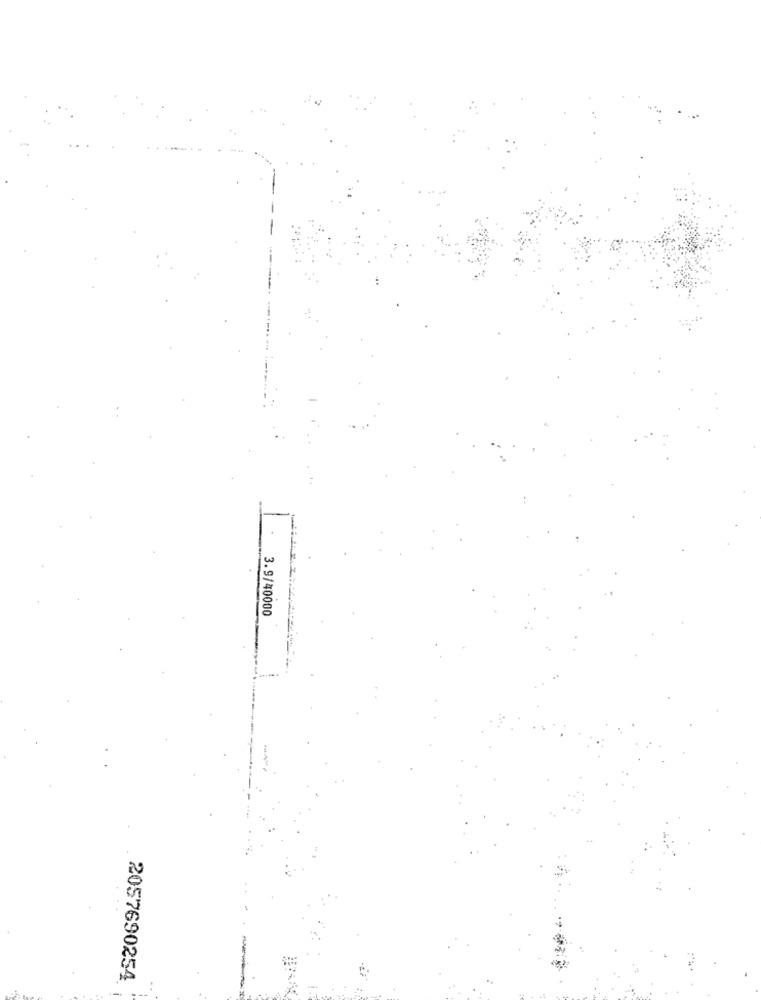
3.9/40000
2057690254